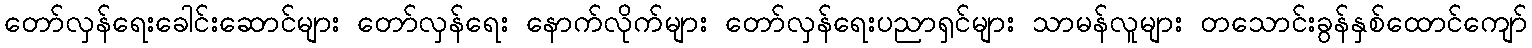
တော်လှန်ရေးခေါင်းဆောင်များ တော်လှန်ရေး နောက်လိုက်များ တော်လှန်ရေးပညာရှင်များ သာမန်လူများ တသောင်းခွန်နှစ်ထောင်ကျော်